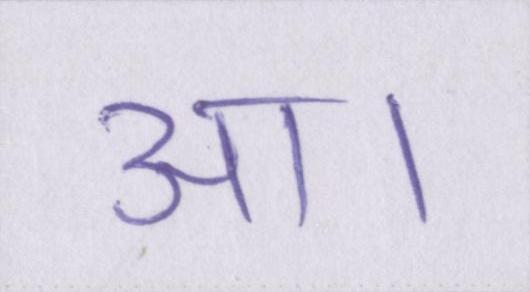
आ।